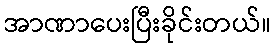
အာဏာပေးပြီးခိုင်းတယ်။